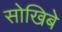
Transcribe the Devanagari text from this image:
सोखिबे